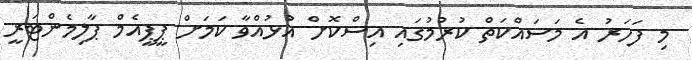
މި ފަހަރު އެ މަސައްކަތް ކުރުމުގައި އިސްކޮށް އުޅުއްވާ ކަމަށް ޕީޕީއެމް ޕާލިމެންޓަރީ